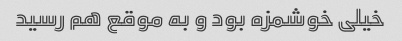
خیلی خوشمزه بود و به موقع هم رسید